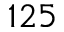
1 2 5